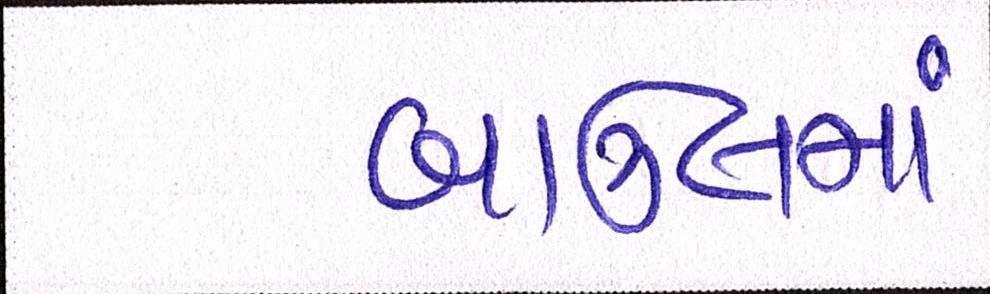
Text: બાઉલમાં